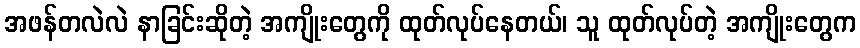
အဖန်တလဲလဲ နာခြင်းဆိုတဲ့ အကျိုးတွေကို ထုတ်လုပ်နေတယ်၊ သူ ထုတ်လုပ်တဲ့ အကျိုးတွေက